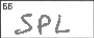
Transcription: SPL